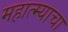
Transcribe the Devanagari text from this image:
महात्म्याचा